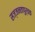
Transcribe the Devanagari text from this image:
सज्जनतापुर्वक